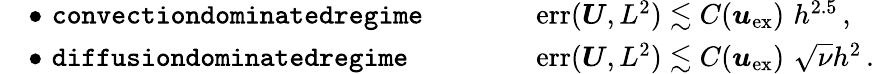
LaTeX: \begin{array}{rlrl}&{\bullet\, \, \texttt{convectiondominatedregime}}&{\qquad}&{\mathrm{err}(\boldsymbol{U},L^{2})\lesssim C(\boldsymbol{u}_{\mathrm{ex}})\, \, h^{2.5}\, ,}\\ &{\bullet\, \, \texttt{diffusiondominatedregime}}&{\qquad}&{\mathrm{err}(\boldsymbol{U},L^{2})\lesssim C(\boldsymbol{u}_{\mathrm{ex}})\, \, \sqrt{\nu}h^{2}\, .}\end{array}